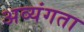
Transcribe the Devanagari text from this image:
अव्यंगता